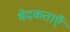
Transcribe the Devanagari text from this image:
भेदकताएँ